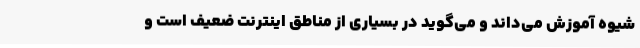
شیوه آموزش می‌داند و می‌گوید در بسیاری از مناطق اینترنت ضعیف است و